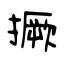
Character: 撅